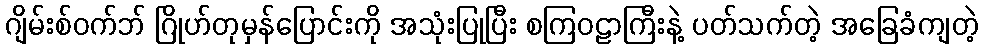
ဂျိမ်းစ်ဝက်ဘ် ဂြိုဟ်တုမှန်ပြောင်းကို အသုံးပြုပြီး စကြဝဠာကြီးနဲ့ ပတ်သက်တဲ့ အခြေခံကျတဲ့